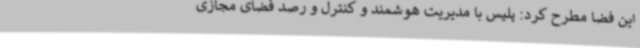
این فضا مطرح کرد: پلیس با مدیریت هوشمند و کنترل و رصد فضای مجازی